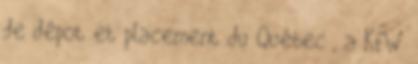
de dépot et placement du Québec , a KfW